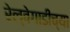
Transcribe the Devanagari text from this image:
रेल्वेगाडीच्या